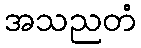
အသညတံ